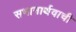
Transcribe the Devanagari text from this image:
सभानार्थवाची